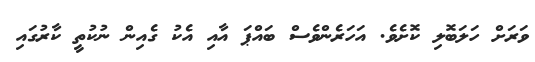
ވަރަށް ހަލަބޮލި ކޮށެވެ. އަހަރެންވެސް ބައްޕަ އާއި އެކު ގެއިން ނުކުތީ ކާރުގައި